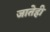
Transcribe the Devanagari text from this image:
जातेही